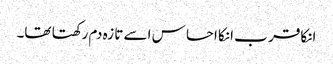
انکا قر ب انکا احسا س اسے تا زہ دم رکھتا تھا۔